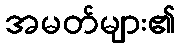
အမတ်များ၏